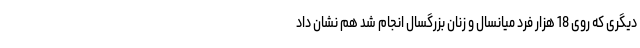
دیگری که روی 18 هزار فرد میانسال و زنان بزرگسال انجام شد هم نشان داد